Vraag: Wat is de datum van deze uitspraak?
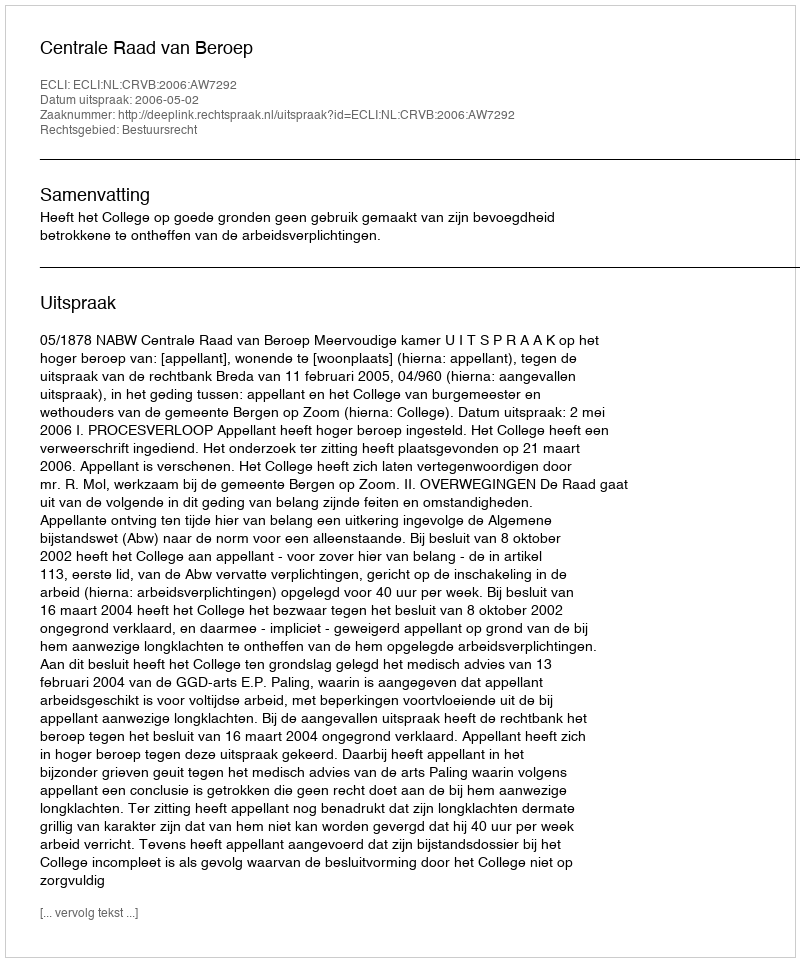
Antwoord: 2006-05-02